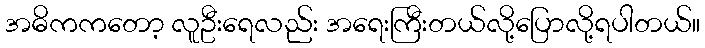
အဓိကကတော့ လူဦးရေလည်း အရေးကြီးတယ်လို့ပြောလို့ရပါတယ်။